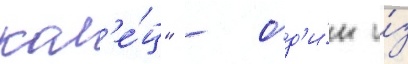
кол'е́ц" - од'и́н и́з